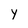
Character: Y